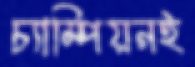
চ্যাম্পিয়নই